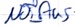
Text: NOT_AUS